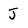
Character: J